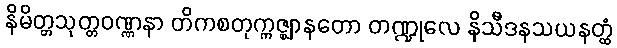
နိမိတ္တသုတ္တဝဏ္ဏနာ တိကစတုက္ကဇ္ဈာနတော တဏ္ဍုလေ နိသီဒနသယနတ္ထံ